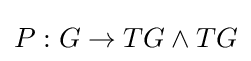
P:G\to TG\wedge TG